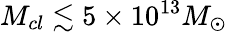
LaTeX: M_{cl}\lesssim 5\times 10^{13}M_{\odot}